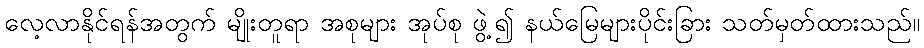
လေ့လာနိုင်ရန်အတွက် မျိုးတူရာ အစုများ အုပ်စု ဖွဲ့၍ နယ်မြေများပိုင်းခြား သတ်မှတ်ထားသည်။